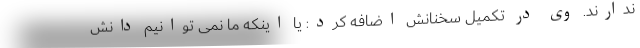
ندارند. وی در تکمیل سخنانش اضافه کرد: یا اینکه ما نمی توانیم دانش